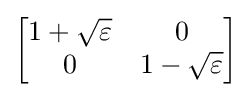
{\begin{bmatrix}1+{\sqrt {\varepsilon }}&0\\0&1-{\sqrt {\varepsilon }}\end{bmatrix}}